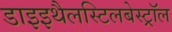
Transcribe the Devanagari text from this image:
डाइइथैलस्टिलबेस्ट्रॉल